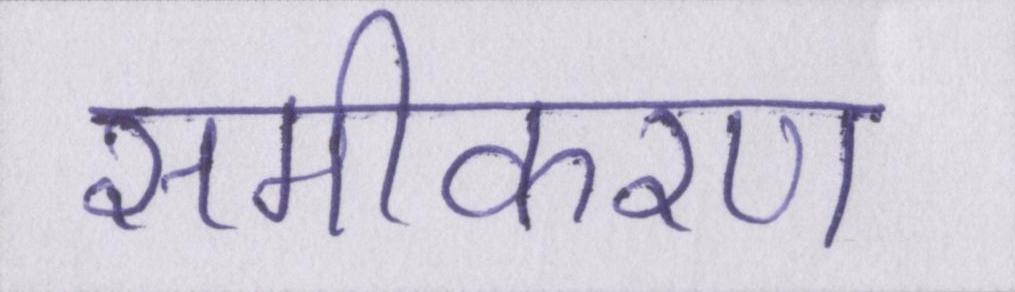
समीकरण